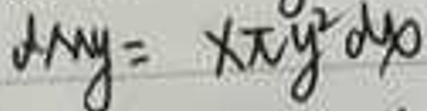
\[ dMy = 4\pi y^{2}dy_{0} \]